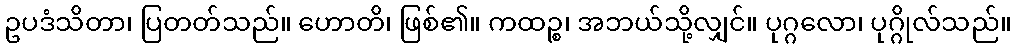
ဥပဒံသိတာ၊ ပြတတ်သည်။ ဟောတိ၊ ဖြစ်၏။ ကထဉ္စ၊ အဘယ်သို့လျှင်။ ပုဂ္ဂလော၊ ပုဂ္ဂိုလ်သည်။